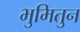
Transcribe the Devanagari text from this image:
भुमितुन